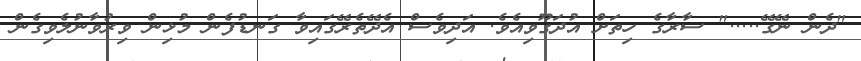
"ދެން ނޭގޭ....." ސާރާގެ ހިތަށް އުދަގޫވިއެވެ. އަދިވެސް އެދޭތެރޭގައިވާ ގަނޑުފެން މުޅިން ވިރުވާނުލެވިގެން